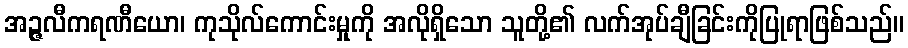
အဉ္ဇလီကရဏီယော၊ ကုသိုလ်ကောင်းမှုကို အလိုရှိသော သူတို့၏ လက်အုပ်ချီခြင်းကိုပြုရာဖြစ်သည်။